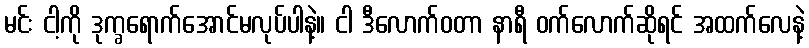
မင်း ငါ့ကို ဒုက္ခရောက်အောင်မလုပ်ပါနဲ့။ ငါ ဒီလောက်ဝတာ နာရီ ဝက်လောက်ဆိုရင် အထက်လေနဲ့